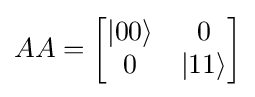
AA={\begin{bmatrix}|00\rangle &0\\0&|11\rangle \end{bmatrix}}